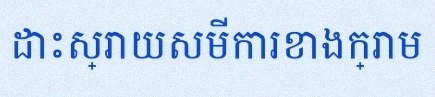
ដោះស្រាយសមីការខាងក្រោម